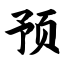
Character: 预